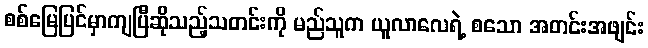
စစ်မြေပြင်မှာကျပြီဆိုသည့်သတင်းကို မည်သူက ယူလာလေရဲ့ စသော အတင်းအဖျင်း